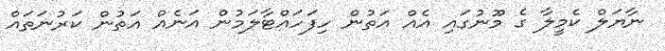
ނާޔަލް ކެމީލާ ގެ މޫނުގައި އެއް އަތުން ހިފަހައްޓާލަމުން އަނެއް އަތުން ކަރުނަތައް